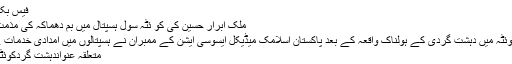
فیس بک
ملک ابرار حسین کی کو ئٹہ سول ہسپتال میں بم دھماکہ کی مذمت
کوئٹہ میں دہشت گردی کے ہولناک واقعہ کے بعد پاکستان اسلامک میڈیکل ایسوسی ایشن کے ممبران نے ہسپتالوں میں امدادی خدمات ..
متعلقہ عنواندہشت گردکوئٹہ